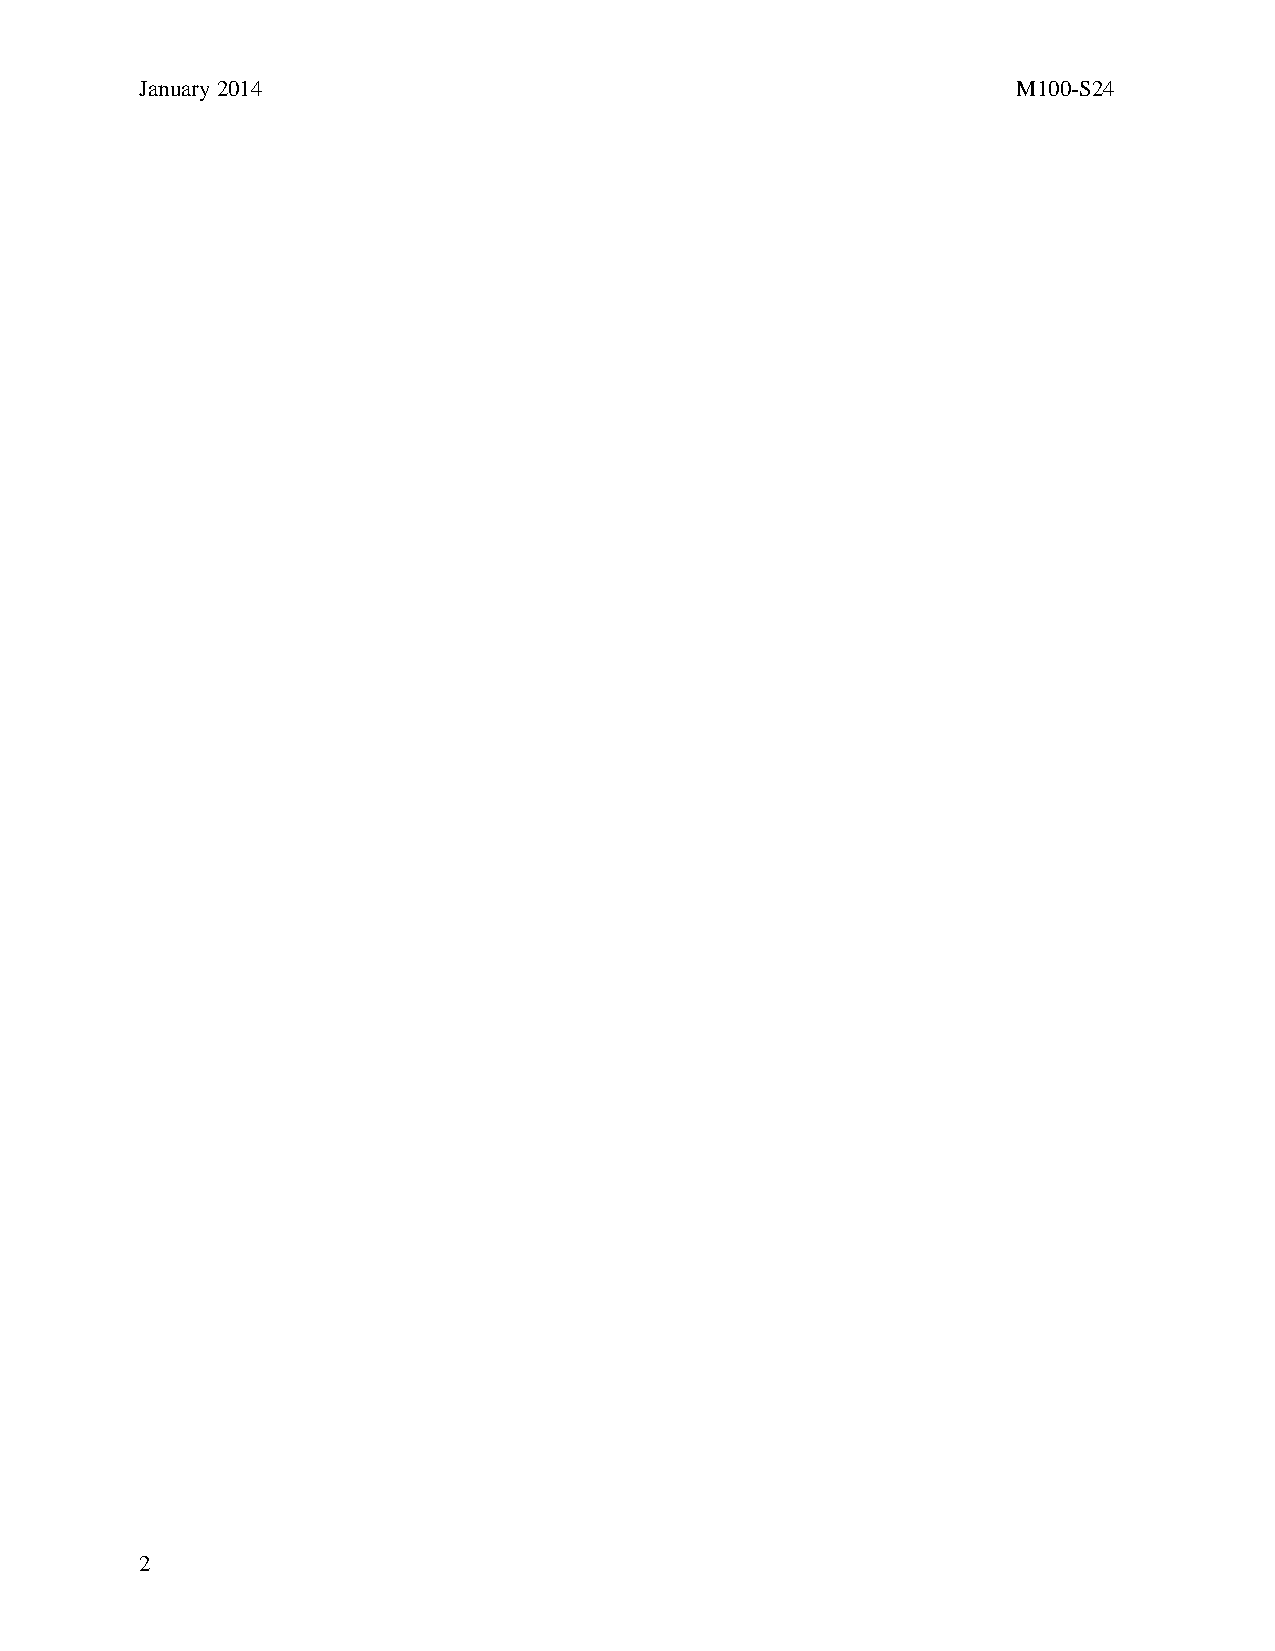
January 2014                                              M100-S24
 2
 Thisdocumentisprotectedbycopyright.
 PublishedOn1/1/2014.